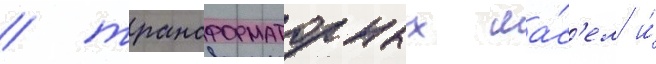
/ трансформаторных ма́с'ел и́